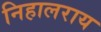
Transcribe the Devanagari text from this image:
निहालराय